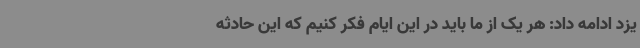
یزد ادامه داد: هر یک از ما باید در این ایام فکر کنیم که این حادثه